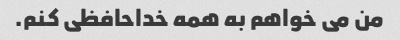
من می خواهم به همه خداحافظی کنم.